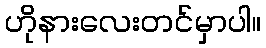
ဟိုနားလေးတင်မှာပါ။